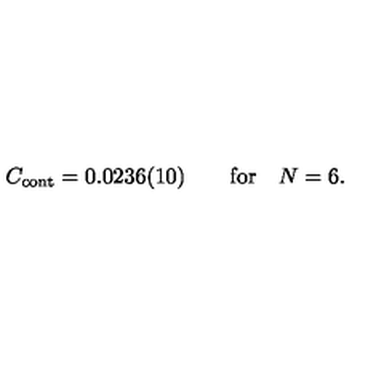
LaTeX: C _ { \mathrm { c o n t } } = 0 . 0 2 3 6 ( 1 0 ) \qquad \mathrm { f o r } \quad N = 6 .